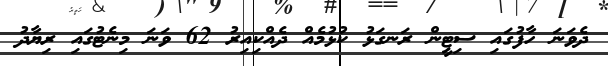
ދެވަނަ ހާފުގައި ސިޓީން ރަނގަޅު ކުޅުމެއް ދެއްކިއިރު 62 ވަނަ މިނެޓުގައި ރިޔާދު